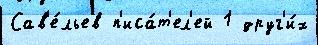
Сав'е́льев п'иса́т'ел'ей 1 друг'и́х